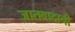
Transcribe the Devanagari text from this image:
जातवादाची